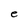
Character: e